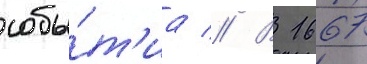
собы́т'иа // В 1667